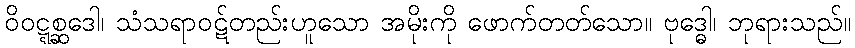
ဝိဝဋ္ဋစ္ဆဒေါ၊ သံသရာဝဋ်တည်းဟူသော အမိုးကို ဖောက်တတ်သော။ ဗုဒ္ဓေါ၊ ဘုရားသည်။